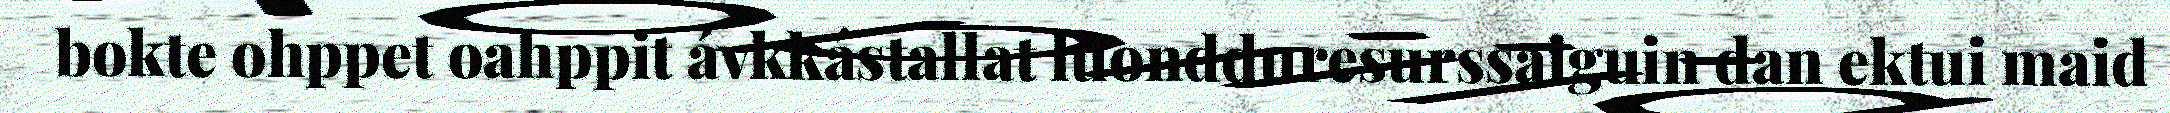
bokte ohppet oahppit ávkkástallat luondduresurssaiguin dan ektui maid